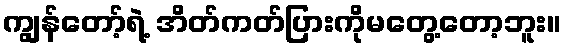
ကျွန်တော့်ရဲ့ အိတ်ကတ်ပြားကိုမတွေ့တော့ဘူး။